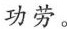
功劳。